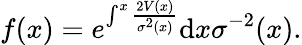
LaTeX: f(x)=e^{\int^{x}\frac{2V(x)}{\sigma^{2}(x)}}\mathrm{d}x\sigma^{-2}(x).